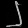
Digit: ၂